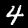
Digit: 4